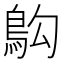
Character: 𫚱